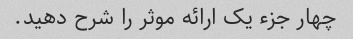
چهار جزء یک ارائه موثر را شرح دهید.